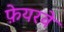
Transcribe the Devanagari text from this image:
फ़ेयरवे